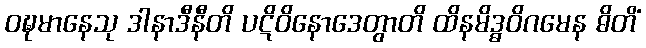
ဝဍ္ဎမာနေသု ဒါနာဒီနီတိ ပဋိဝိနောဒေတွာတိ ထိနမိဒ္ဓဝိဂမေန ဓိတိံ